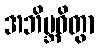
အဘိဗ္ဘဝိတွာ